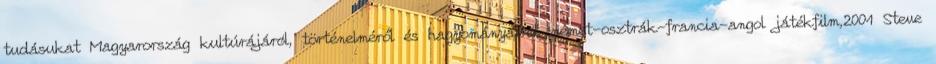
tudásukat Magyarország kultúrájáról, történelméről és hagyományairól. német-osztrák-francia-angol játékfilm,2001 Steve